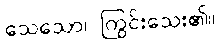
သေသော၊ ကြွင်းသေး၏။